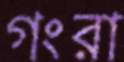
গংরা